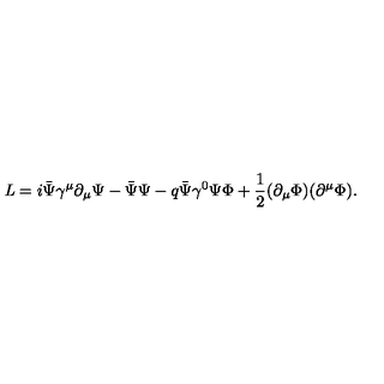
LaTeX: { \it L } = i \bar { \Psi } { \gamma } ^ { \mu } { \partial } _ { \mu } { \Psi } - \bar { \Psi } { \Psi } - q \bar { \Psi } { \gamma } ^ { 0 } { \Psi } \Phi + { \frac { 1 } { 2 } } ( { \partial } _ { \mu } \Phi ) ( { \partial } ^ { \mu } \Phi ) .